Account of plague administration in the Bombay Presidency from September 1896 till May 1897
Year: 1896
Disease focus: Plague
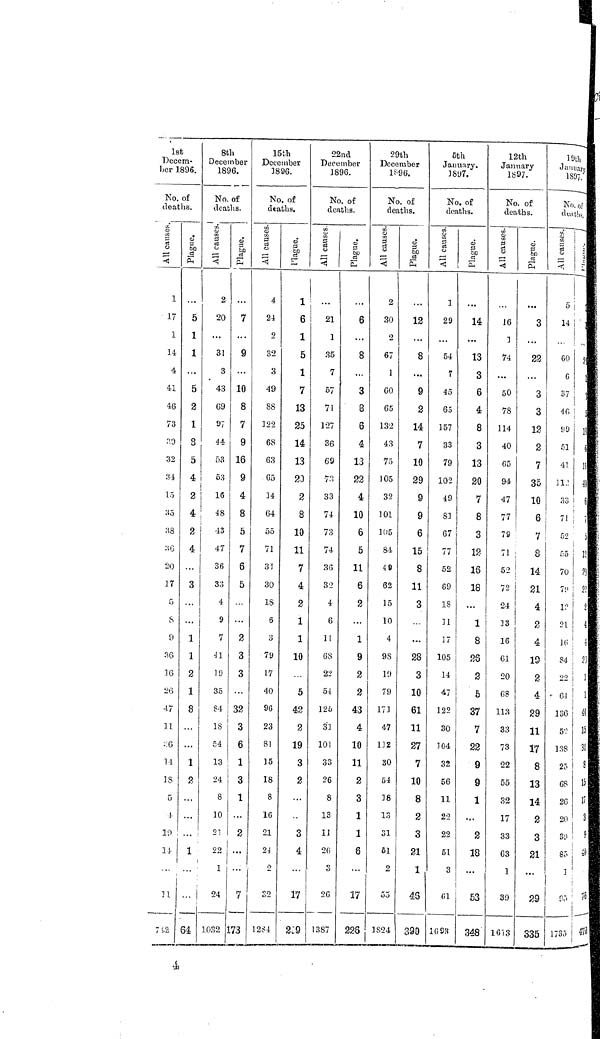
1st
Decem-
ber 1896.
Ko. of
deaths.
/ill/
1
17
1
34
4
41
46
73
20
32
31
15
35
38
36
20
17
5
S
0
3G
16
26
47
11
/ill/
/ill/
18
5
1
19
11
11
752
/ill/
5
1
1
...
5
2
1
8
5
4
2
4
2
4
3
1
1
2
1
a
1
3
. . .
1
64
8th
December
1S96.
No. of
deaths.
2
20
...
31
3
43
69
97
44.·
53
53
16
48
43
47
36
3:5
4
9
7
41
19
35
S4
18
54
13
24
8
10
21
22
24
1032
Plague
7
9
10
8
7
9
16
9
4
8
5
7
6
5
2
3
3
32
3
6
1
3
1
2
···
7
173
15th
December
1896
No. of
deaths
All causes
4
24
2
32
3
49
88
122
6S
63
65
14
64
55
71
31
30
18
6
3
79
17
40
96
23
81
15
18
8
16
21
24
2
32
1284
Plague
1
6
1
5
1
7
13
25
14
13
20
2
8
10
11
7
4
2
1
1
10
5
42
S
19
3
2
3
4
17
229
22nd
December
1896.
No. of
deaths.
All causes Plague
21
1
35
7
67
71
127
36
62
73
33
74
73
74
36
32
4
6
11
68
22
54
125
31
101
33
26
8
13
11
263
3
26
13S7
6
8
3
3
6
4
13
22
4
10
6
5
11
6
2
1
9
2
2
43
4
10
11
2
3
1
1
6
17
226
i
29th
December
1896
No. of
deaths.
All causes
2
30
2
67
1
60
65
132
43
75
105
32
101
105
84
46
62
15
10
4
9S
19
79
173
47
132
30
54
18
13
31
51
2
55
1824
Plague
12
...
8
...
9
2
14
7
10
29
9
9
6
15
8
11
3
...
28
3
10
61
11
37
7
10
8
2
3
21
1
45
390
5th
January.
1897
No. of
deaths.
All causes
1
29
54
7
45
65
157
33
79
102
49
81
67
77
52
69
18
11
17
105
14
47
122
30
]04
32
56
11
22
22
5l
3
61
1693
Plague
14
...
13
3
6
4
8
3
13
20
7
8
3
12
16
18
...
1
8
25
2
5
37
7
22
9
θ
1
2
18
...
53
348
12th
January
1897.
No. of
deaths.
All causes
16
1
74
...
50
78
114
40
65
94
47
77
79
71
52
72
24
13
16
61
20
68
113
33
73
22
55
32
17
33
03
1
39
1613
Plague
...
3
22
3
3
13
2
7
35
10
6
7
8
14
21
4
2
4
10
2
4
29
11
17
8
13
14
2
3
21
...
29
335
19th
January
1807.
No. of
deaths
All causes
1
5
14
60
0
37
46
99
51
41
112
33
71
52
55
70
70
12
2l
16
S4
22
61
136
52
138
25
68
20
20
85
95
1735
1
29
1
3
5
19
6
11
41
S
1
3
13
23
23
2
4
4
23
1
1
40
15
3Í1
8
15
33
3
9
40
76
470
4